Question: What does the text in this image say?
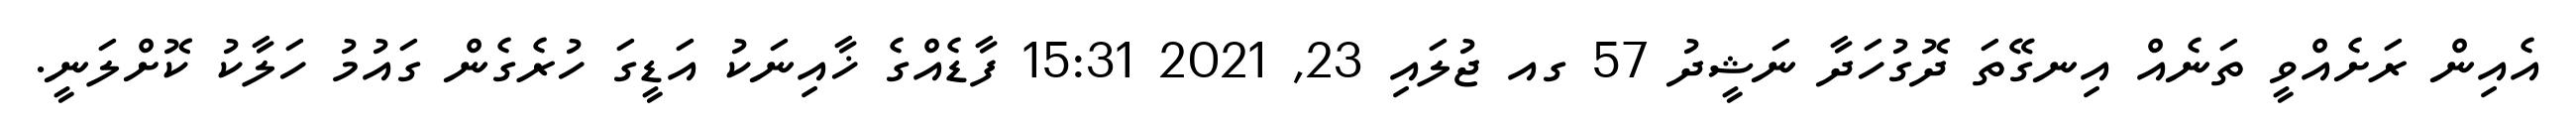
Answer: އެއިން ރަށެއްވީ ތަނެއް އިނގޭތަ ދޮގުހަދާ ނަޝީދު 57 ގއ ޖުލައި 23, 2021 15:31 ފާޑެއްގެ ޚާއިނަކު އަޑީގަ ހުރެގެން ގައުމު ހަލާކު ކޮށްލަނީ.